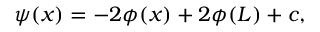
\psi ( x ) = - 2 \phi ( x ) + 2 \phi ( L ) + c ,